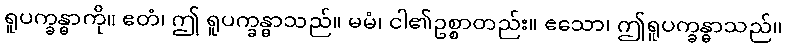
ရူပက္ခန္ဓာကို။ ဧတံ၊ ဤ ရူပက္ခန္ဓာသည်။ မမံ၊ ငါ၏ဥစ္စာတည်း။ ဧသော၊ ဤရူပက္ခန္ဓာသည်။